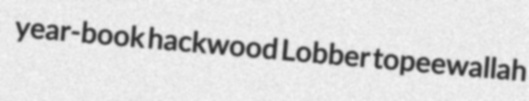
year-book hackwood Lobber topeewallah